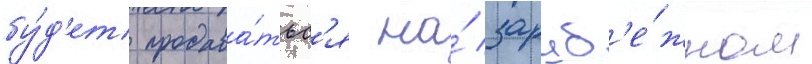
бу́д'ет продава́тьс'я на́ заруб'е́жном